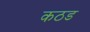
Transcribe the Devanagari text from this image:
कठड